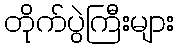
တိုက်ပွဲကြီးများ